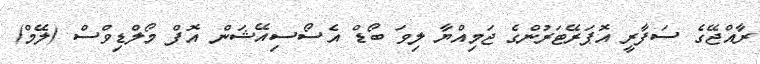
ރާއްޖޭގެ ސަފާރީ އޮޕަރޭޓަރުންގެ ޖަމިއްޔާ ލިވަ ބޯޑް އެސޯސިއޭޝަން އޮފް މޯލްޑިވްސް (ލޭމް)